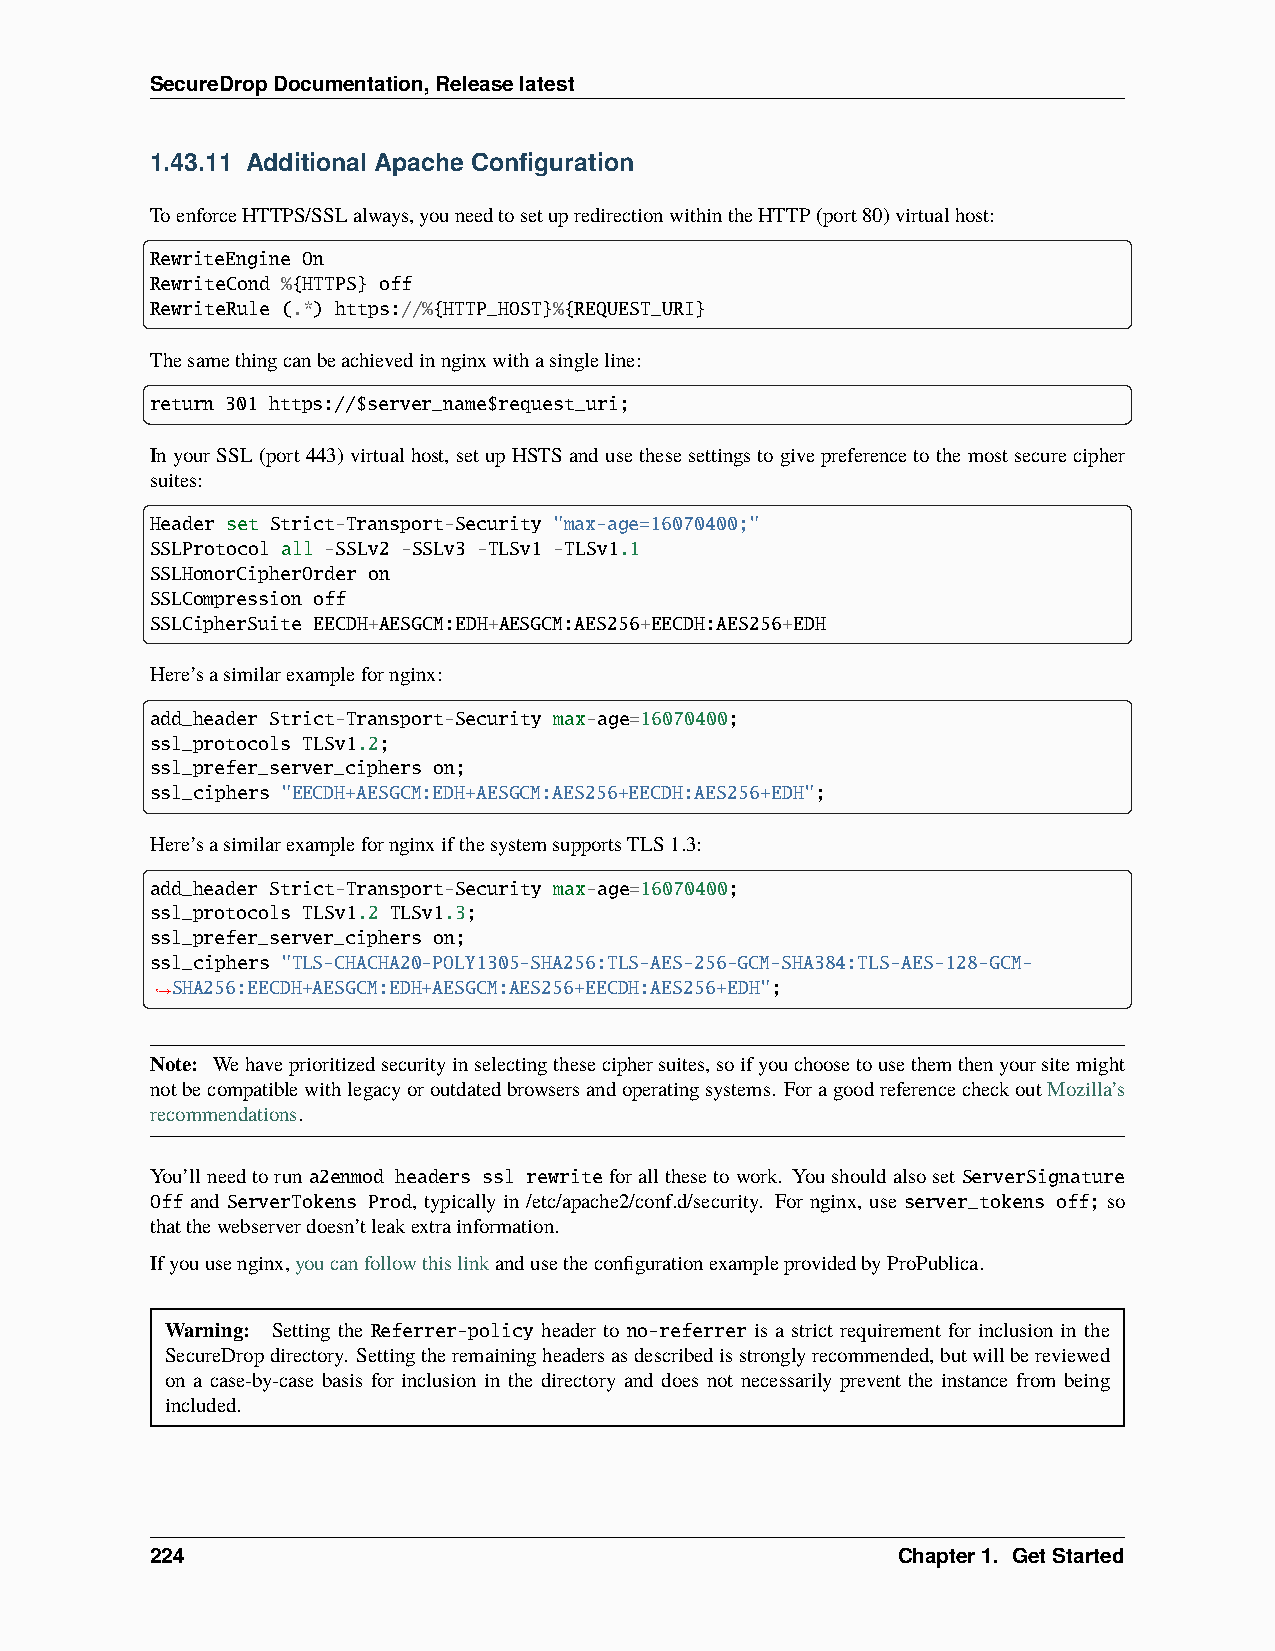
SecureDropDocumentation,Releaselatest
 1.43.11 Additional Apache Configuration
 ToenforceHTTPS/SSLalways,youneedtosetupredirectionwithintheHTTP(port80)virtualhost:
 RewriteEngine On
 RewriteCond %{HTTPS} off
 RewriteRule (.*) https://%{HTTP_HOST}%{REQUEST_URI}
 Thesamethingcanbeachievedinnginxwithasingleline:
 return 301 https://$server_name$request_uri;
 InyourSSL(port443)virtualhost, setupHSTSandusethesesettingstogivepreferencetothemostsecurecipher
 suites:
 Header set Strict-Transport-Security "max-age=16070400;"
 SSLProtocol all -SSLv2 -SSLv3 -TLSv1 -TLSv1.1
 SSLHonorCipherOrder on
 SSLCompression off
 SSLCipherSuite EECDH+AESGCM:EDH+AESGCM:AES256+EECDH:AES256+EDH
 Here’sasimilarexamplefornginx:
 add_header Strict-Transport-Security max-age=16070400;
 ssl_protocols TLSv1.2;
 ssl_prefer_server_ciphers on;
 ssl_ciphers "EECDH+AESGCM:EDH+AESGCM:AES256+EECDH:AES256+EDH";
 Here’sasimilarexamplefornginxifthesystemsupportsTLS1.3:
 add_header Strict-Transport-Security max-age=16070400;
 ssl_protocols TLSv1.2 TLSv1.3;
 ssl_prefer_server_ciphers on;
 ssl_ciphers "TLS-CHACHA20-POLY1305-SHA256:TLS-AES-256-GCM-SHA384:TLS-AES-128-GCM-
 SHA256:EECDH+AESGCM:EDH+AESGCM:AES256+EECDH:AES256+EDH";
 ˓→
 Note: Wehaveprioritizedsecurityinselectingtheseciphersuites,soifyouchoosetousethemthenyoursitemight
 notbecompatiblewithlegacyoroutdatedbrowsersandoperatingsystems. ForagoodreferencecheckoutMozilla’s
 recommendations.
 You’llneedtoruna2enmod headers ssl rewriteforallthesetowork. Youshouldalsoset ServerSignature
 Off and ServerTokens Prod, typically in /etc/apache2/conf.d/security. For nginx, use server_tokens off; so
 thatthewebserverdoesn’tleakextrainformation.
 Ifyouusenginx,youcanfollowthislinkandusetheconfigurationexampleprovidedbyProPublica.
 Warning: Setting the Referrer-policy header to no-referrer is a strict requirement for inclusion in the
 SecureDropdirectory. Settingtheremainingheadersasdescribedisstronglyrecommended,butwillbereviewed
 on a case-by-case basis for inclusion in the directory and does not necessarily prevent the instance from being
 included.
 224                                              Chapter1. GetStarted